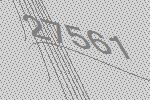
27561